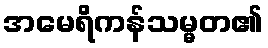
အမေရိကန်သမ္မတ၏